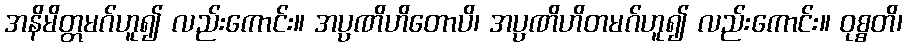
အနိမိတ္တမဂ်ဟူ၍ လည်းကောင်း။ အပ္ပဏိဟိတောပိ၊ အပ္ပဏိဟိတမဂ်ဟူ၍ လည်းကောင်း။ ဝုစ္စတိ၊